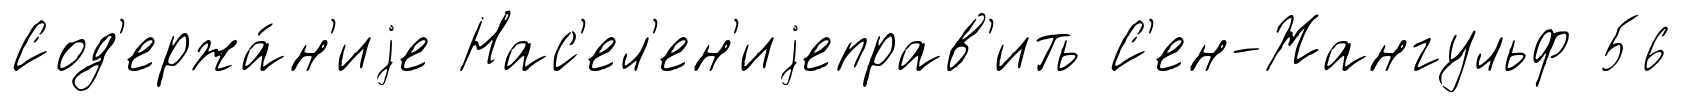
Сод'ержа́н'иjе Нас'ел'ен'иjеправ'ить С'ен-Жангульф 56